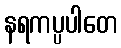
နရကပ္ပပါတေ